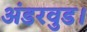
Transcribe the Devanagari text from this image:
अंडरवुड।